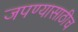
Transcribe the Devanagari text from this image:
जपण्यासाठीच